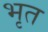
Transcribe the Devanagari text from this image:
भृत